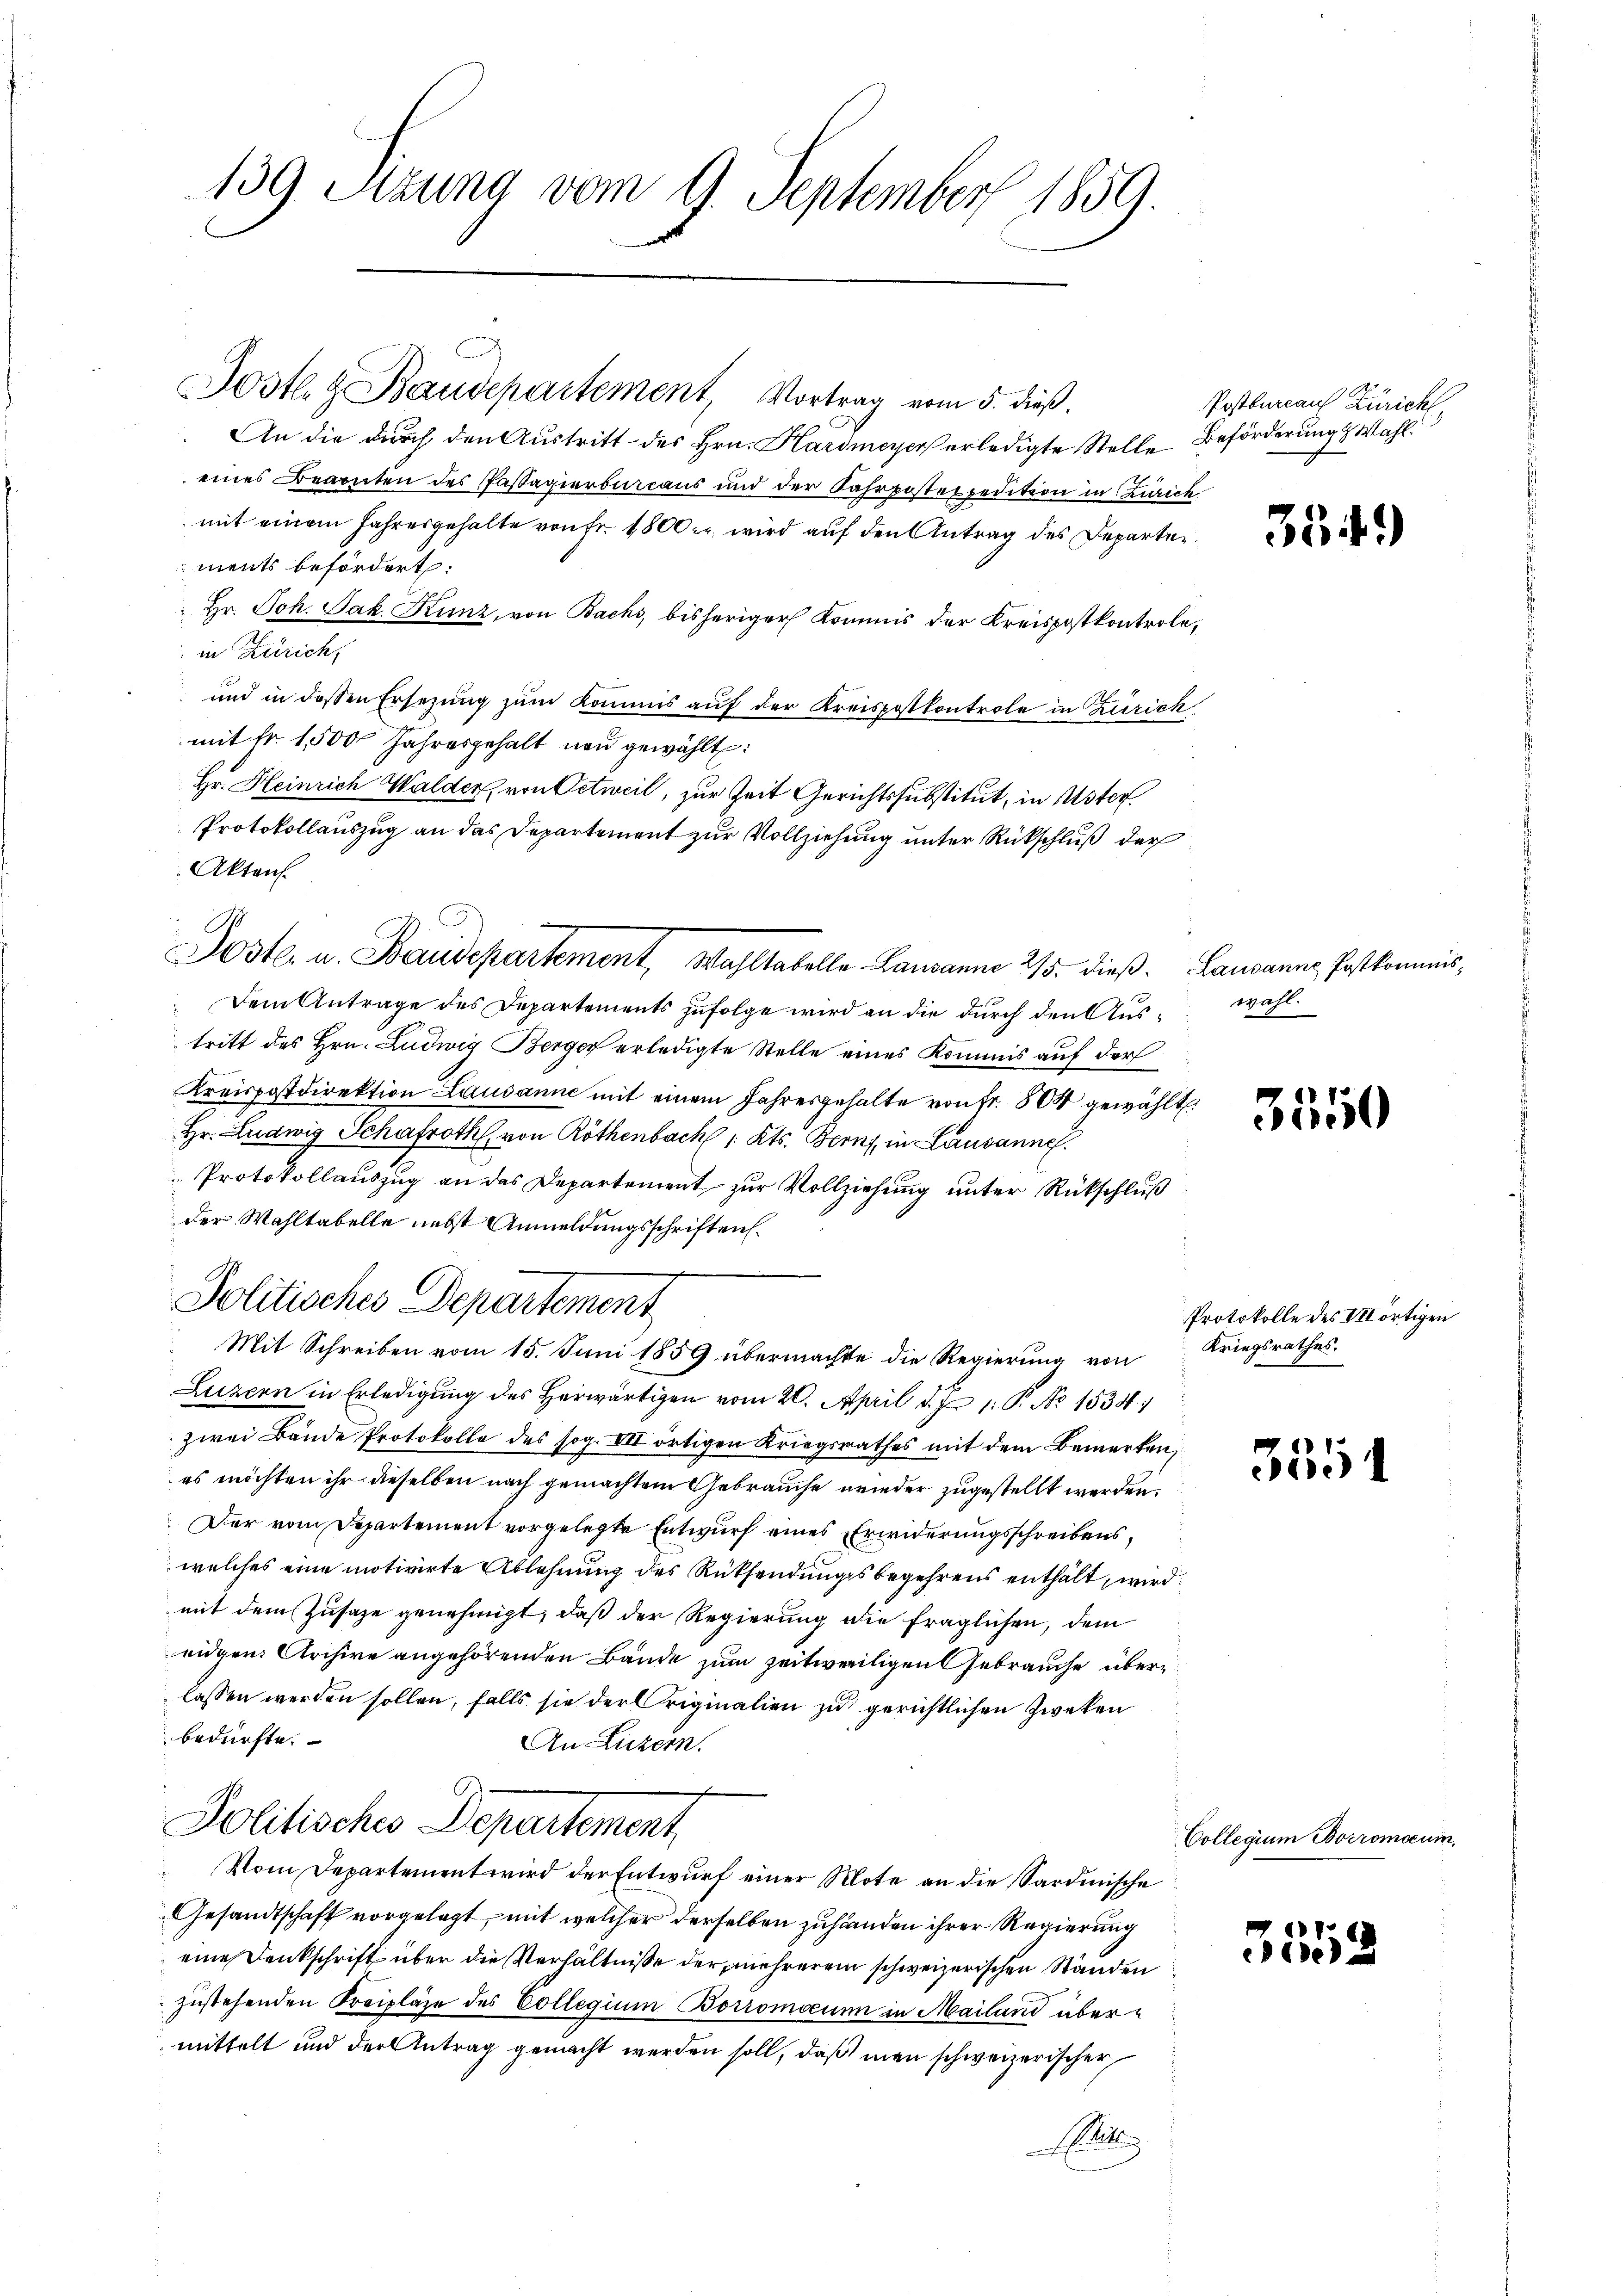
139. Sitzung vom 9. September 1859.

Jostl. Baudepartement, Vortrag vom 5. dieß.
An die durch den Austritt des Hrn. Hardmeyer erledigte Stelle Beförderung & Wahl.
eines Beanten des Passagierbureaus und der Fahrpostexpedition in Zürich
mit einem Jahresgehalte von Fr. 1800. wird auf den Antrag des Departen
ments befördert:
Hr. Joh. Jak. Kunz, von Bachs, bisheriger Kommis der Kreispostkontrole,
in Zürich,
und in dessen Ersezung zum Kommis auf der Kreispostkontrole in Zürich
mit fr. 1500 Jahresgehalt neu gewählt:
Hr. Heinrich Walder, von Oetweil, zur Zeit Gerichtssubstitut, in Uster
Protokollauszug an das Departement zur Vollziehung unter Rückschluß der
Akten.
 Dem Antrage des Departements zufolge wird an die durch den Austritt des Hrn. Ludwig Berger erledigte Stelle eines Kommis auf der
Kreispostdirektion Lausanne mit einem Jahresgehalte von fr. 504 gewählt.
Hr. Ludwig Schafroth, von Röthenbach 1 Kts. Bern, in Lausanne.
Protokollauszug an das Departement zur Vollziehung unter Rückschluß
der Wahltabelle nebst Anmeldungsschriften.
Politisches Departement
Mit Schreiben vom 15. Juni 1859 übermachte die Regierung von Kriegsrathes.
s
Luzern in Erledigung des Herwärtigen vom 20. April d. J. 1. P. No 1534.
zwei Bände Protokolle des sog. VII ortigen Kriegsrathes mit dem Bemerken,
es möchten ihr dieselben nach gemachtem Gebrauche wieder zugestellt werden.
Der vom Departement vorgelegte Entwurf eines Erwiderungsschreibenswelches eine motivirte Ablehnung des Rücksendungsbegehrens enthält, wird
mit dem Zusage genehmigt, daß der Regierung die fraglichen, dem
eidgen. Archive angehörenden Bände zum zeitweiligen Gebrauche überlassen werden sollen, falls sie der Originalien zu gerichtlichen Zweken
bedürfte.
An Luzern.
Politisches Departement,
Vom Departement wird der Entwurf einer Mote an die Sardinische
Gesandtschaft vorgelegt, mit welcher derselben zuhänden ihrer Regierung
eine Denkschrift über die Verhältnisse der mehrerem schweizerischen Ständen
zustehenden Kreipläge des Collegium Borromocum in Mailand übermittelt und der Antrag gemacht werden soll, daß man schweizerischer
Stit

1

Aste. u. Baudepartement Wahltabelle Lausanne 25. dieß. Lausanne Postkommis¬

Postbureaus Zürich

354.)

wahl.

3550

355

355.

Protokolle des Vortigen

Collegium Borromocum